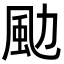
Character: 𩖙